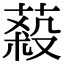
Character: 蔱